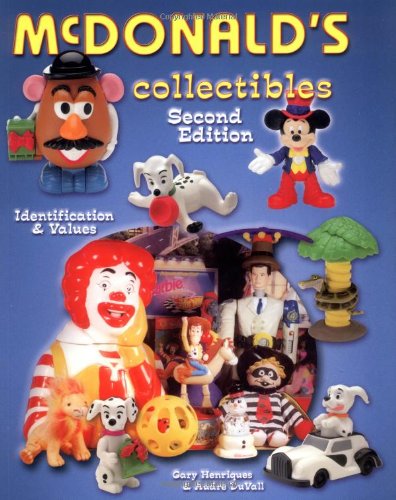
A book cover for McDonald's Collectibles: Identification & Values; Gary A. Henriques; Humor & Entertainment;